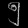
Digit: ၅